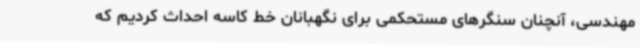
مهندسی، آنچنان سنگرهای مستحکمی برای نگهبانان خط کاسه احداث کردیم که